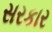
સરકાર